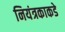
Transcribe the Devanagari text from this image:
नियंत्रकाकडे